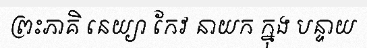
ព្រះភាគិ នេយ្យា កែវ នាយក ក្នុង បន្ទាយ